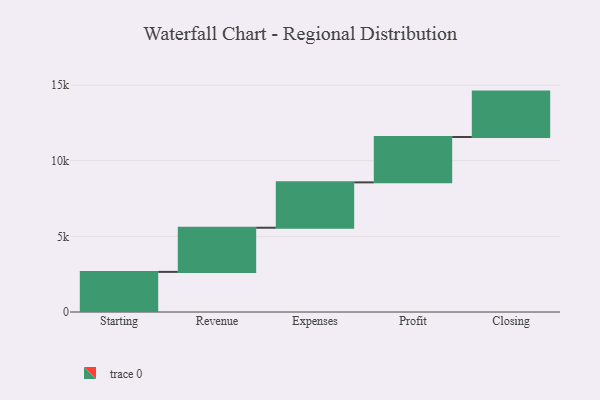
{"axis": {"x": "Step", "y": "Value"}, "legend": [""], "data": [{"x": "Starting", "y": 2652.0, "type": ""}, {"x": "Revenue", "y": 2918.0, "type": ""}, {"x": "Expenses", "y": 3000, "type": ""}, {"x": "Profit", "y": 3000, "type": ""}, {"x": "Closing", "y": 3000, "type": ""}]}